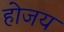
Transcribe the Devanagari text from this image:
होजय